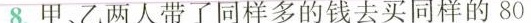
8.甲、乙两人带了同样多的钱去买同样的80